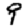
Digit: 9